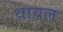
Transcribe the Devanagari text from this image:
धायल